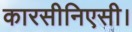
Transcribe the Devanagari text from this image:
कारसीनिएसी।